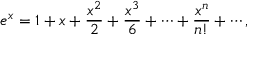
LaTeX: e ^ { x } = 1 + x + { \frac { x ^ { 2 } } { 2 } } + { \frac { x ^ { 3 } } { 6 } } + \cdots + { \frac { x ^ { n } } { n ! } } + \cdots ,